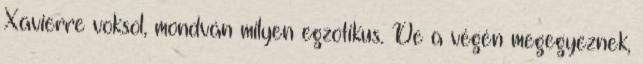
Xavierre voksol, mondván milyen egzotikus. De a végén megegyeznek,